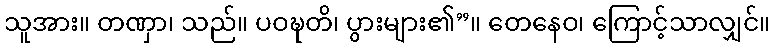
သူအား။ တဏှာ၊ သည်။ ပဝဍ္ဎတိ၊ ပွားများ၏”။ တေနေဝ၊ ကြောင့်သာလျှင်။